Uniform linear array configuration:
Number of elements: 4
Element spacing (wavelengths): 0.25
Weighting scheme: uniform
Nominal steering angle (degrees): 15
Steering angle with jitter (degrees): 16.846
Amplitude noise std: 0.05
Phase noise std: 0.05

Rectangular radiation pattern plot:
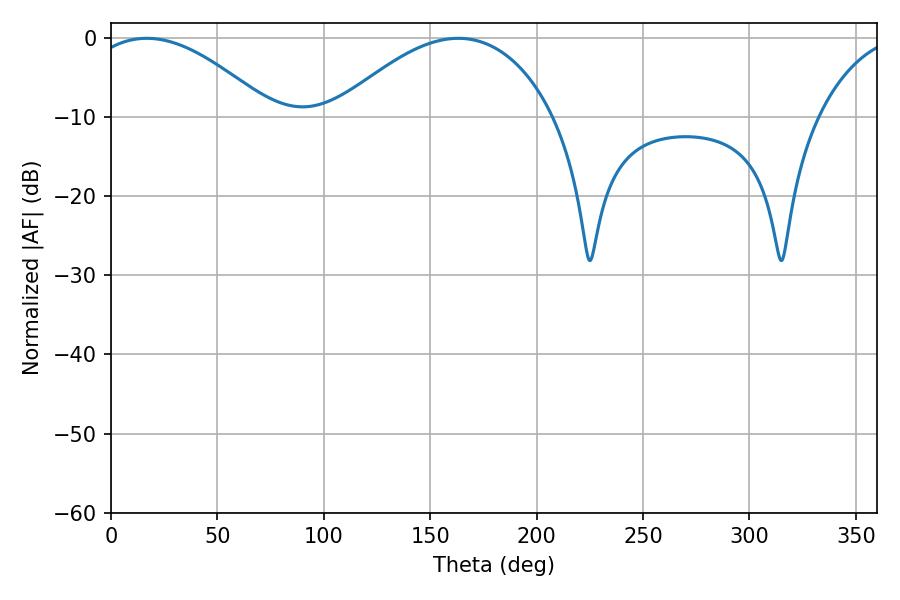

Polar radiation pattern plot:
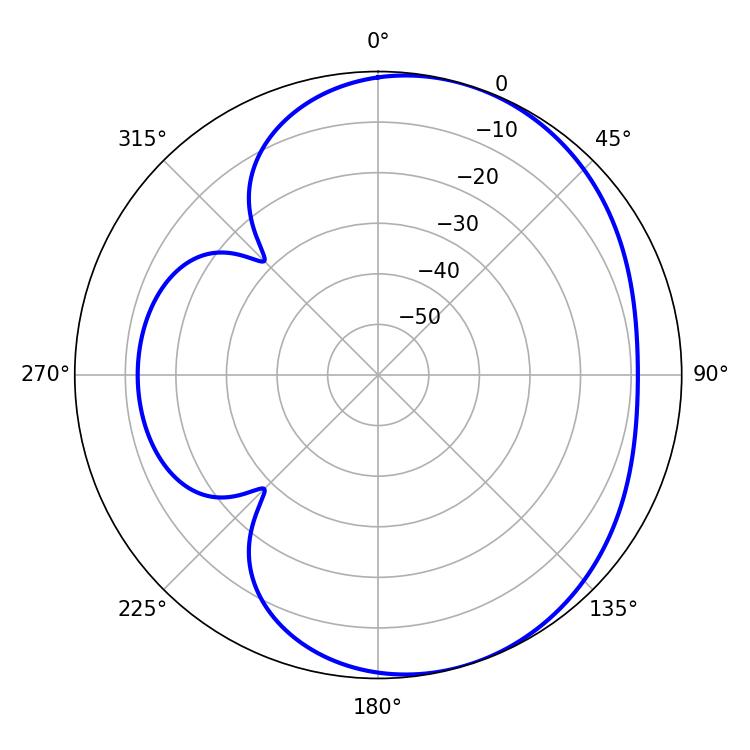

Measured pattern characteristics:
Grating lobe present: FALSE
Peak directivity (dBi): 4.475
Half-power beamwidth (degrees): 47.88
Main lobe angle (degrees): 16.74